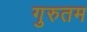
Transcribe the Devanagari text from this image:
गुरुतम